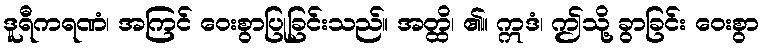
ဒူရီကရဏံ၊ အကြင် ဝေးစွာပြုခြင်းသည်။ အတ္ထိ၊ ၏။ ဣဒံ၊ ဤသို့ ခွာခြင်း ဝေးစွာ